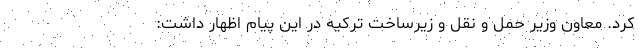
کرد. معاون وزیر حمل و نقل و زیرساخت ترکیه در این پیام اظهار داشت: